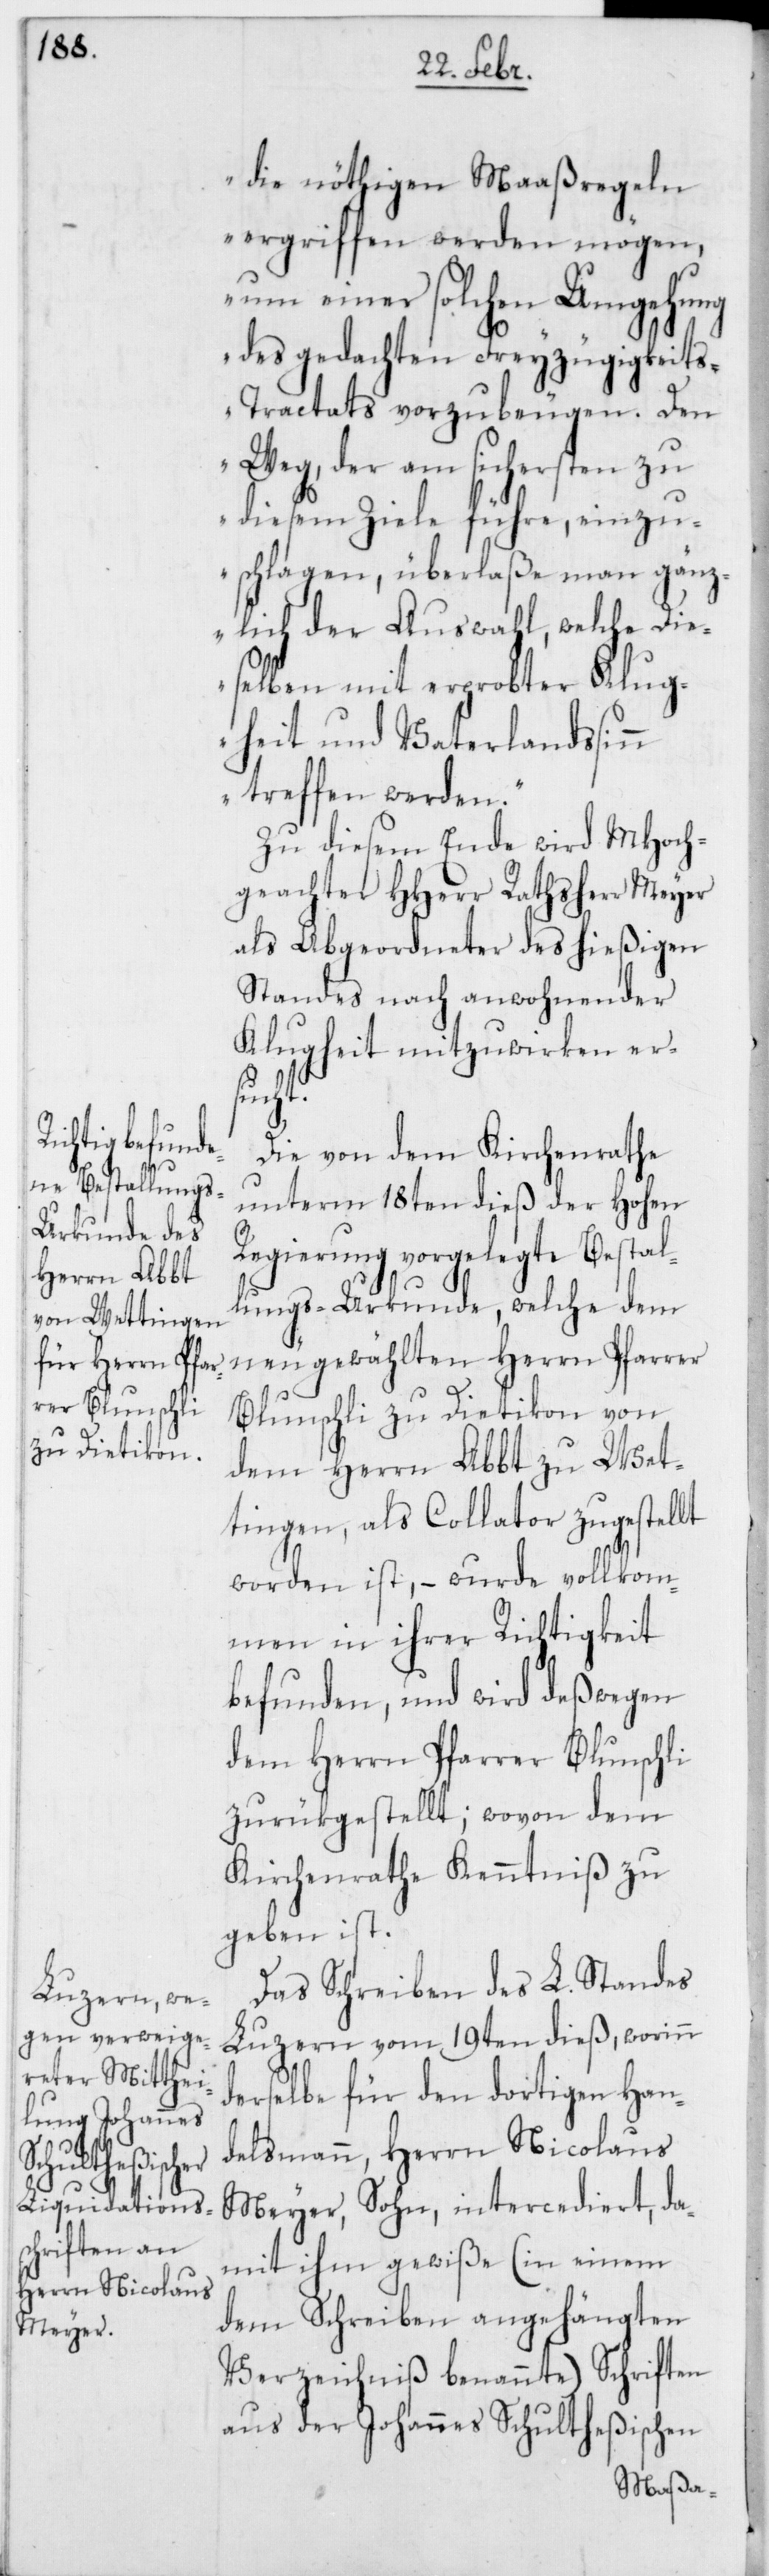
die nöthigen Maaßregeln
ergriffen werden mögen,
um einer solchen Umgehung
des gedachten Freyzügigkeit¬
s-Tractats vorzubeugen. Den
Weg, der am sichersten zu
diesem Ziele führe, einzu¬
schlagen, überlaße man gänz¬
lich der Auswahl, welche Die¬
selben mit erprobter Klug¬
heit und Vaterlandssin¬
n treffen werden.“
Zu diesem Ende wird MHoch¬
geachter HHerr Rathsherr Meyer
als Abgeordneter des hießigen
Standes nach anwohnender
Klugheit mitzuwirken er¬
sucht.
Die von dem Kirchenrathe
unterm 18ten dieß der Hohen
Regierung vorgelegte Bestal¬
lungs-Urkunde, welche dem
neugewählten Herrn Pfarrer
Blunschli zu Dietikon von
dem Herrn Abbt zu Wet¬
tingen, als Collator zugestellt
worden ist, – wurde vollkom¬
men in ihrer Richtigkeit
befunden, und wird deßwegen
dem Herrn Pfarrer Blunschli
zurükgestellt; wovon dem
Kirchenrathe Kenntniß zu
geben ist.
Das Schreiben des L. Standes
Luzern vom 19ten dieß, worinn
derselbe für den dortigen Han¬
delsmann, Herrn Nicolaus
Meyer, Sohn, intercediert, da¬
mit ihm gewiße (in einem
dem Schreiben angehängten
Verzeichniß benannte) Schriften
aus der Johannes Schultheßischen